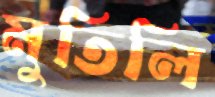
মুতিলি